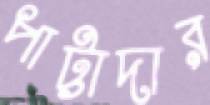
পাট্টাদার